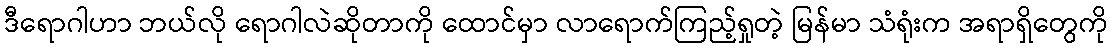
ဒီရောဂါဟာ ဘယ်လို ရောဂါလဲဆိုတာကို ထောင်မှာ လာရောက်ကြည့်ရှုတဲ့ မြန်မာ သံရုံးက အရာရှိတွေကို